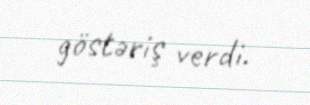
göstəriş verdi.